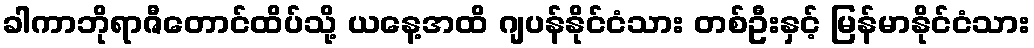
ခါကာဘိုရာဇီတောင်ထိပ်သို့ ယနေ့အထိ ဂျပန်နိုင်ငံသား တစ်ဦးနှင့် မြန်မာနိုင်ငံသား